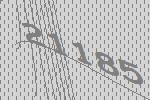
21185